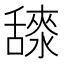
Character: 𦧳